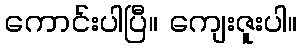
ကောင်းပါပြီ။ ကျေးဇူးပါ။